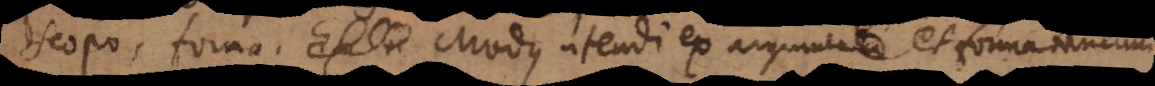
scopo, forma. Modus utendi ex argumento et forma tantum